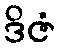
ဒိဇံ